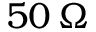
5 0 \, \Omega